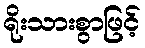
ရိုးသားစွာဖြင့်